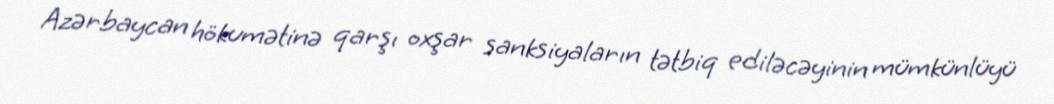
Azərbaycan hökumətinə qarşı oxşar sanksiyaların tətbiq ediləcəyinin mümkünlüyü